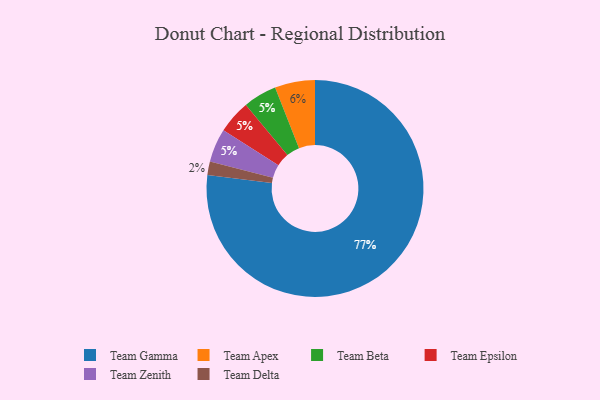
{"axis": {"x": "Category", "y": "Percentage"}, "legend": ["Team Apex", "Team Beta", "Team Delta", "Team Epsilon", "Team Gamma", "Team Zenith"], "data": [{"x": "Team Apex", "y": 6, "type": "Team Apex"}, {"x": "Team Beta", "y": 5, "type": "Team Beta"}, {"x": "Team Gamma", "y": 77, "type": "Team Gamma"}, {"x": "Team Epsilon", "y": 5, "type": "Team Epsilon"}, {"x": "Team Zenith", "y": 5, "type": "Team Zenith"}, {"x": "Team Delta", "y": 2, "type": "Team Delta"}]}